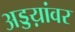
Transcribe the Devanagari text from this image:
अड्डय़ांवर